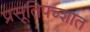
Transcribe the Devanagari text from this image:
प्रसूतिपच्शात